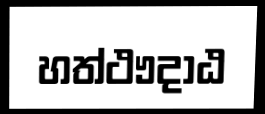
හත්ථෟදාඨ